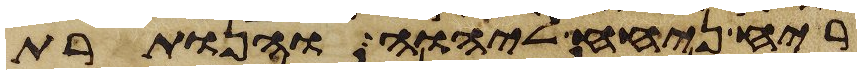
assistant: ריח ניחח ליהוה והנותרת